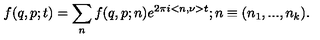
f ( q , p ; t ) = \sum _ { n } f ( q , p ; n ) e ^ { 2 { \pi } i < n , \nu > t } ; n \equiv ( n _ { 1 } , . . . , n _ { k } ) .